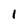
Character: 1